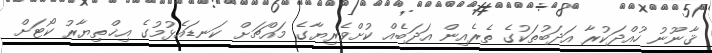
ޤާނޫނު ހުއްދަކުރާ އަދަބުތަކުގެ ތެރެއިން އަދަބެއް ކުށްވެރިޔާގެ މައްޗަށް ކަނޑައެޅުމުގެ އިޚްތިޔާރު ކޯޓަށް